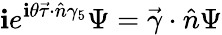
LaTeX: \mathbf{i}e^{\mathbf{i}\theta\vec{{\tau}}\cdot\hat{{n}}\gamma_{5}}\Psi=\vec{{\gamma}}\cdot\hat{{n}}\Psi